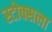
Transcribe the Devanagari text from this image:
स्टोक्सला